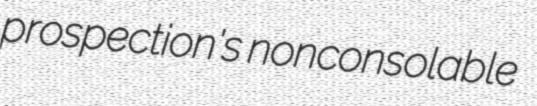
prospection's nonconsolable